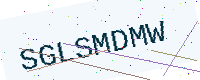
Text: SGLSMDMW